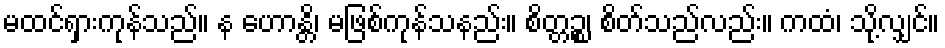
မထင်ရှားကုန်သည်။ န ဟောန္တိ၊ မဖြစ်ကုန်သနည်း။ စိတ္တဉ္စ၊ စိတ်သည်လည်း။ ကထံ၊ သို့လျှင်။